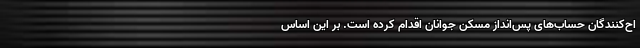
اح‌کنندگان حساب‌های پس‌انداز مسکن جوانان اقدام کرده است. بر این اساس